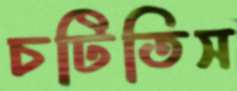
চটিতিস